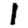
Digit: 1